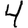
Digit: 4